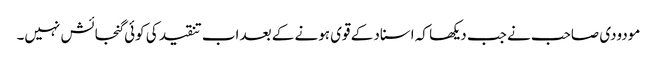
مودودی صاحب نے جب دیکھا کہ اسناد کے قوی ہونے کے بعد اب تنقید کی کوئی گنجائش نہیں۔